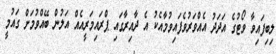
ލިބިފައިވާ ވޯޓުގެ އަދަދު އެއްވަރުވެފައިވުމާއެކު އެ ދާއިރާގައި ޕްރައިމަރީއެއް އަލުން ބޭއްވުމަށް ގައުމީ